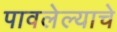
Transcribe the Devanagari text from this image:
पावलेल्याचे